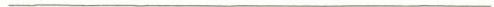
___